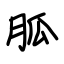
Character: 胍